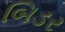
બિડર